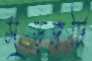
সুড়ঙ্গটি